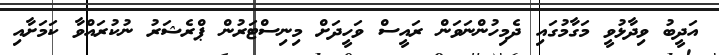
އަދީބު ވިދާޅުވީ މަގާމުގައި ދެމިހުންނަވަން ރައީސް ވަހީދަށް މިނިސްޓަރުން ޕްރެޝަރު ނުކުރައްވާ ކަމަށާއި